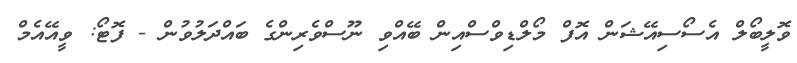
ވޮލީބޯލް އެސޯސިއޭޝަން އޮފް މޯލްޑިވްސްއިން ބޭއްވި ނޫސްވެރިންގެ ބައްދަލުވުން - ފޮޓޯ: ވީއޭއެމް